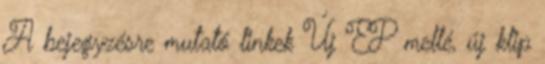
A bejegyzésre mutató linkek Új EP mellé, új klip